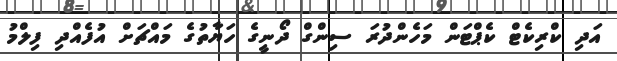
އަދި ކްރިކެޓް ކެޕްޓަން މަހެންދުރަ ސިންގް ދޯނީގެ ހަޔާތުގެ މައްޗަށް އުފެއްދި ފިލްމު